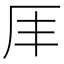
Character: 𠨵